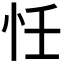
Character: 𢗖